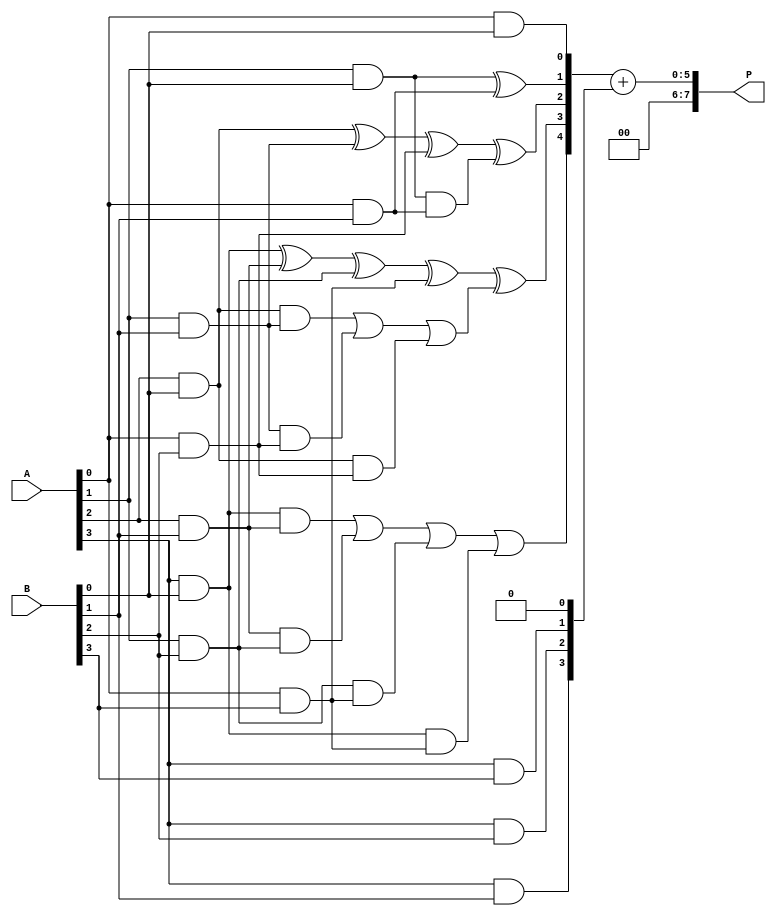
module dadda_multiplier (
    input [3:0] A,  // Multiplier operand
    input [3:0] B,  // Multiplicand operand
    output [7:0] P  // Product output
);
    wire [3:0] pp [3:0];  // Partial products
    wire [7:0] sum1, sum2; // Intermediate sums
    wire carry1, carry2; // Carry bits

    // Partial product generation (ANDing each bit of A with each bit of B)
    generate
        genvar i, j;
        for (i = 0; i < 4; i = i + 1) begin : pp_gen
            for (j = 0; j < 4; j = j + 1) begin : pp_bit
                assign pp[i][j] = A[i] & B[j];
            end
        end
    endgenerate

    // Stage 1: Initial reduction using half adders and full adders
    wire [4:0] s1, s2, s3;
    wire [3:0] c1, c2;

    // Half adders for the first bit stage
    assign s1[0] = pp[0][0]; // First partial product bit
    assign c1[0] = 0; // No carry for the first bit
    assign s1[1] = pp[1][0] ^ pp[0][1]; // Half adder
    assign c1[1] = pp[1][0] & pp[0][1];

    assign s1[2] = pp[2][0] ^ pp[1][1] ^ pp[0][2]; // Full adder
    assign c1[2] = (pp[2][0] & pp[1][1]) | (pp[1][1] & pp[0][2]) | (pp[2][0] & pp[0][2]);

    assign s1[3] = pp[3][0] ^ pp[2][1] ^ pp[1][2] ^ pp[0][3]; // Full adder
    assign c1[3] = (pp[3][0] & pp[2][1]) | (pp[2][1] & pp[1][2]) | (pp[1][2] & pp[0][3]) | (pp[3][0] & pp[0][3]);

    // Stage 2: Further reduction
    assign s2[0] = s1[0];
    assign s2[1] = s1[1] ^ c1[0];
    assign s2[2] = s1[2] ^ c1[1];
    assign s2[3] = s1[3] ^ c1[2];
    assign s2[4] = c1[3];

    // Final summation
    assign sum1 = {1'b0, s2}; // Extend to 5 bits for addition
    assign sum2 = {pp[3][1], pp[3][2], pp[3][3], 1'b0}; // Second row shifted
    assign P = sum1 + sum2; // Final product

endmodule